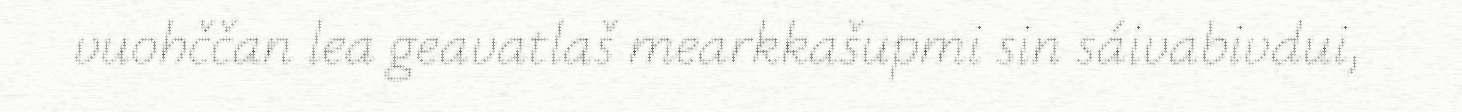
vuohččan lea geavatlaš mearkkašupmi sin sáivabivdui,